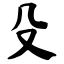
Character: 殳